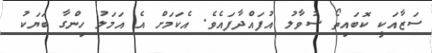
ސަޒާއަކީ ކޮބައިތޯ ސުވާލު އުފައްދާފައެވެ. އެކަމަށް އެ އަމަލު ހިންގާ ބަޔަކު